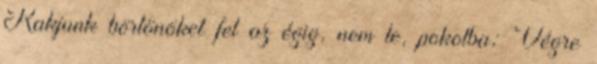
Rakjunk börtönöket fel az égig, nem le, pokolba; Végre